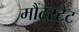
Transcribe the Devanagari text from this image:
मौंटस्टैंट